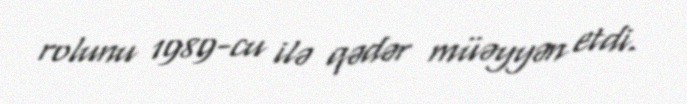
rolunu 1989-cu ilə qədər müəyyən etdi.